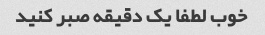
خوب لطفا یک دقیقه صبر کنید